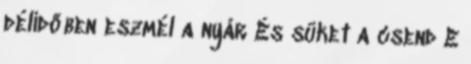
délidőben eszmél a nyár És süket a csend E